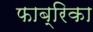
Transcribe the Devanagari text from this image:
फाब्रिका